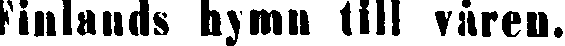
Finlands hymn till våren.